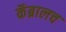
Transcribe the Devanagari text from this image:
कॅब्रालच